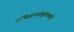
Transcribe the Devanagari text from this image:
अभिज्ञानशाकुंतलमचे